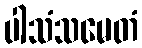
ပါသံသမေတံ